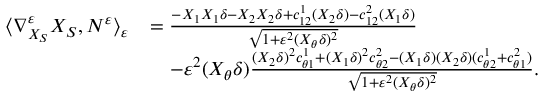
\begin{array} { r l } { \langle \nabla _ { X _ { S } } ^ { \varepsilon } X _ { S } , N ^ { \varepsilon } \rangle _ { \varepsilon } } & { = \frac { - X _ { 1 } X _ { 1 } \delta - X _ { 2 } X _ { 2 } \delta + c _ { 1 2 } ^ { 1 } ( X _ { 2 } \delta ) - c _ { 1 2 } ^ { 2 } ( X _ { 1 } \delta ) } { \sqrt { 1 + \varepsilon ^ { 2 } ( X _ { \theta } \delta ) ^ { 2 } } } } \\ & { \quad - \varepsilon ^ { 2 } ( X _ { \theta } \delta ) \frac { ( X _ { 2 } \delta ) ^ { 2 } c _ { \theta 1 } ^ { 1 } + ( X _ { 1 } \delta ) ^ { 2 } c _ { \theta 2 } ^ { 2 } - ( X _ { 1 } \delta ) ( X _ { 2 } \delta ) ( c _ { \theta 2 } ^ { 1 } + c _ { \theta 1 } ^ { 2 } ) } { \sqrt { 1 + \varepsilon ^ { 2 } ( X _ { \theta } \delta ) ^ { 2 } } } . } \end{array}